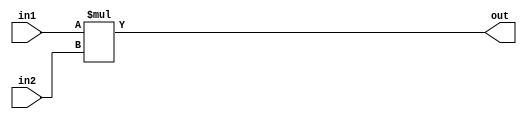
module mul(in1,in2,out);
parameter width=18;

 input  [width-1:0] in1,in2;
 output [2*width-1:0] out;

 assign out = in1*in2;
 
 endmodule